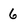
Character: 6